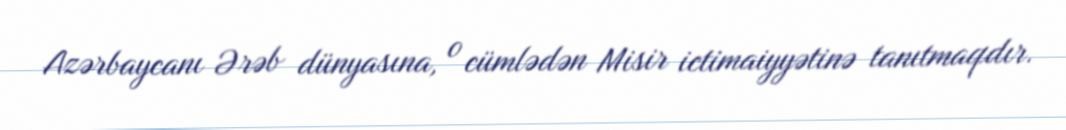
Azərbaycanı Ərəb dünyasına, o cümlədən Misir ictimaiyyətinə tanıtmaqdır.